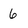
Character: 6